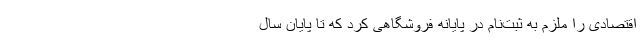
اقتصادی را ملزم به ثبت‌نام در پایانه فروشگاهی کرد که تا پایان سال